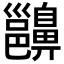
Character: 𪖵